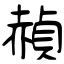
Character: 赬